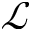
\mathcal { L }